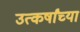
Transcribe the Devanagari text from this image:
उत्कर्षांच्या